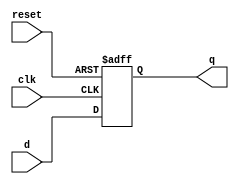
module register16(input clk, input reset, input [15:0] d, output reg [15:0] q);
    always @(posedge clk, posedge reset) begin
        if(reset) q <= 16'b0000000000000000;
        else q <= d;
    end
endmodule